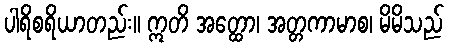
ပါရိစရိယာတည်း။ ဣတိ အတ္ထော၊ အတ္တကာမာစ၊ မိမိသည်